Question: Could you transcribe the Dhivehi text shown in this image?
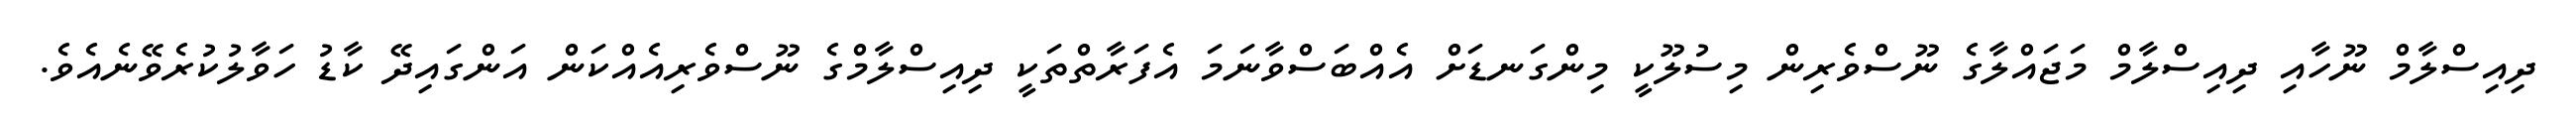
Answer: ދިއިސްލާމް ނޫހާއި ދިއިސްލާމް މަޖައްލާގެ ނޫސްވެރިން މިސުލޫކީ މިންގަނޑަށް އެއްބަސްވާނަމަ އެފަރާތްތަކީ ދިއިސްލާމްގެ ނޫސްވެރިއެއްކަން އަންގައިދޭ ކާޑު ހަވާލުކުރެވޭނެއެވެ.